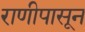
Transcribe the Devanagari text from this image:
राणीपासून